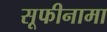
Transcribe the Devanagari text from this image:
सूफीनामा